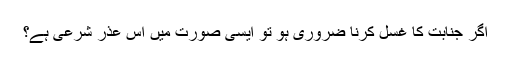
اگر جنابت کا غسل کرنا ضروری ہو تو ایسی صورت میں اس عذر شرعی ہے؟